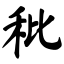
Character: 秕